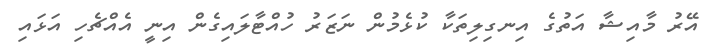
އޭރު މާއިޝާ އަތުގެ އިނގިލިތަކާ ކުޅެމުން ނަޒަރު ހުއްޓާލައިގެން އިނީ އެއްޗެހި އަޅައި